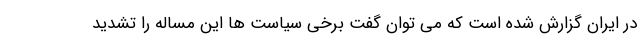
در ایران گزارش شده است که می توان گفت برخی سیاست ها این مساله را تشدید